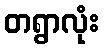
တရွာလုံး